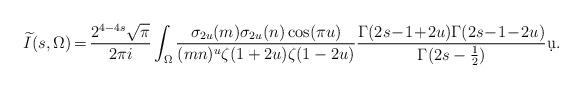
LaTeX: \begin{align*}\widetilde{I}(s,\Omega) \mspace{-2mu} = \mspace{-2mu} \frac{2^{4-4s}\sqrt{\pi}}{2\pi i } \int_{\Omega} \frac{\sigma_{2u}(m) \sigma_{2u}(n)\cos(\pi u)}{(mn)^u \zeta(1 + 2u) \zeta(1-2u)} \frac{\Gamma(2s \mspace{-3mu}-\mspace{-3mu} 1\mspace{-3mu} +\mspace{-3mu}2u) \Gamma(2s \mspace{-3mu}-\mspace{-3mu} 1\mspace{-3mu} -\mspace{-3mu} 2u)}{\Gamma(2s - \tfrac12)}\d u.\end{align*}